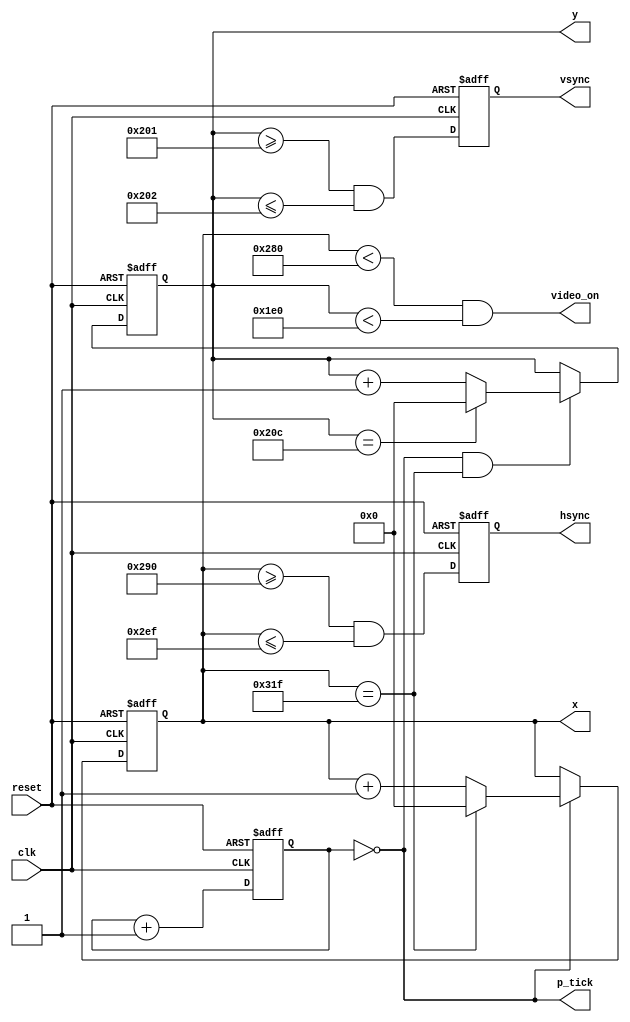
module vga_sync

	(
		input wire clk, reset,
		output wire hsync, vsync, video_on, p_tick,
		output wire [9:0] x, y
	);
	
	// constant declarations for VGA sync parameters
	localparam H_DISPLAY       = 640; // horizontal display area
	localparam H_L_BORDER      =  48; // horizontal left border
	localparam H_R_BORDER      =  16; // horizontal right border
	localparam H_RETRACE       =  96; // horizontal retrace
	localparam H_MAX           = H_DISPLAY + H_L_BORDER + H_R_BORDER + H_RETRACE - 1;
	localparam START_H_RETRACE = H_DISPLAY + H_R_BORDER;
	localparam END_H_RETRACE   = H_DISPLAY + H_R_BORDER + H_RETRACE - 1;
	
	localparam V_DISPLAY       = 480; // vertical display area
	localparam V_T_BORDER      =  10; // vertical top border
	localparam V_B_BORDER      =  33; // vertical bottom border
	localparam V_RETRACE       =   2; // vertical retrace
	localparam V_MAX           = V_DISPLAY + V_T_BORDER + V_B_BORDER + V_RETRACE - 1;
        localparam START_V_RETRACE = V_DISPLAY + V_B_BORDER;
	localparam END_V_RETRACE   = V_DISPLAY + V_B_BORDER + V_RETRACE - 1;
	
	// mod-2 counter to generate 25 MHz pixel tick
	reg [1:0] pixel_reg;
	wire [1:0] pixel_next;
	wire pixel_tick;
	
	always @(posedge clk, posedge reset)
		if(reset)
		  pixel_reg <= 0;
		else
		  pixel_reg <= pixel_next;
	
	assign pixel_next = pixel_reg + 1; // increment pixel_reg 
	
	assign pixel_tick = (pixel_reg == 0); // assert tick 1/4 of the time
	
	// registers to keep track of current pixel location
	reg [9:0] h_count_reg, h_count_next, v_count_reg, v_count_next;
	
	// register to keep track of vsync and hsync signal states
	reg vsync_reg, hsync_reg;
	wire vsync_next, hsync_next;
 
	// infer registers
	always @(posedge clk, posedge reset)
		if(reset)
			begin
           		v_count_reg <= 0;
            		h_count_reg <= 0;
            		vsync_reg   <= 0;
            		hsync_reg   <= 0;
			end
		else
			begin
            		v_count_reg <= v_count_next;
            		h_count_reg <= h_count_next;
            		vsync_reg   <= vsync_next;
            		hsync_reg   <= hsync_next;
			end
			
	// next-state logic of horizontal vertical sync counters
	always @*
		begin
		h_count_next = pixel_tick ? 
		               h_count_reg == H_MAX ? 0 : h_count_reg + 1
			       : h_count_reg;
		
		v_count_next = pixel_tick && h_count_reg == H_MAX ? 
		               (v_count_reg == V_MAX ? 0 : v_count_reg + 1) 
			       : v_count_reg;
		end
		
   // hsync and vsync are active low signals
   // hsync signal asserted during horizontal retrace
   assign hsync_next = h_count_reg >= START_H_RETRACE && h_count_reg <= END_H_RETRACE;
   
   // vsync signal asserted during vertical retrace
   assign vsync_next = v_count_reg >= START_V_RETRACE && v_count_reg <= END_V_RETRACE;

   // video only on when pixels are in both horizontal and vertical display region
   assign video_on = (h_count_reg < H_DISPLAY) && (v_count_reg < V_DISPLAY);

   // output signals
   assign hsync  = hsync_reg;
   assign vsync  = vsync_reg;
   assign x      = h_count_reg;
   assign y      = v_count_reg;
   assign p_tick = pixel_tick;
endmodule